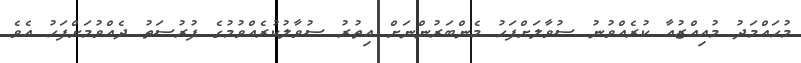
މުހައްމަދު މުއިއްޒުއާ ކުރެއްވުނު ސުވާލަށްފަހު މެންބަރުންނަށް އިތުރު ސުވާލުކުރެއްވުމުގެ ފުރުސަތު ދެއްވުމަށްފަހު އެވެ.